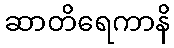
ဆာတိရေကာနိ